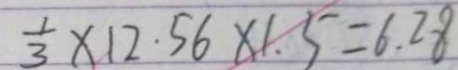
\frac { 1 } { 3 } \times 1 2 . 5 6 \times 1 . 5 = 6 . 2 8